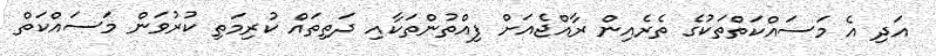
އަދި އެ މަސައްކަތްތަކުގެ ތެރެއިން ރާއްޖެއަށް ފިއްތުންތަކާއި ދަތިތައް ކުރިމަތި ކުރުވަން މަސައްކަތް